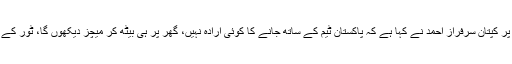
نیشنل اسٹیڈیم میں پریس کانفرنس میں آسٹریلیا کے خلاف ون ڈے سیریز میں آرام دیے جانے پر کپتان سرفراز احمد نے کہا ہے کہ پاکستان ٹیم کے ساتھ جانے کا کوئی ارادہ نہیں، گھر پر ہی بیٹھ کر میچز دیکھوں گا، ٹور کے لیے پاکستان ٹیم میں شامل نہ کیے جانے والے تمام چھ کھلاڑیوں کو آرام کی ضرورت تھی۔